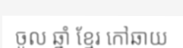
ចូល ឆ្នាំ ខ្មែរ កៅឆាយ